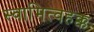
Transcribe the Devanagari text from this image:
स्वामित्वहक्क